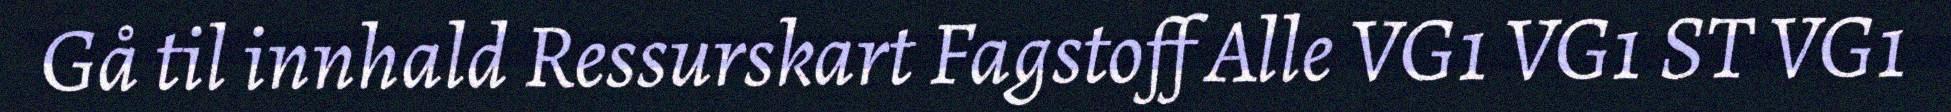
Gå til innhald Ressurskart Fagstoff Alle VG1 VG1 ST VG1